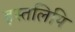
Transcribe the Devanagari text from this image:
हस्‍तलिपि